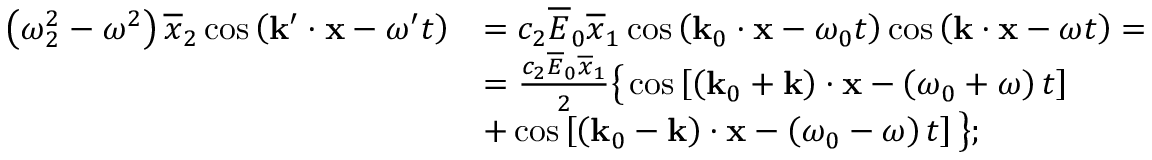
\begin{array} { r l } { \left( \omega _ { 2 } ^ { 2 } - \omega ^ { 2 } \right) \overline { { x } } _ { 2 } \cos \left( \mathbf { k } ^ { \prime } \cdot \mathbf { x } - \omega ^ { \prime } t \right) } & { = c _ { 2 } \overline { { E } } _ { 0 } \overline { { x } } _ { 1 } \cos \left( \mathbf { k } _ { 0 } \cdot \mathbf { x } - \omega _ { 0 } t \right) \cos \left( \mathbf { k } \cdot \mathbf { x } - \omega t \right) = } \\ & { = \frac { c _ { 2 } \overline { { E } } _ { 0 } \overline { { x } } _ { 1 } } { 2 } \big \{ \cos \left[ \left( \mathbf { k } _ { 0 } + \mathbf { k } \right) \cdot \mathbf { x } - \left( \omega _ { 0 } + \omega \right) t \right] } \\ & { + \cos \left[ \left( \mathbf { k } _ { 0 } - \mathbf { k } \right) \cdot \mathbf { x } - \left( \omega _ { 0 } - \omega \right) t \right] \big \} ; } \end{array}